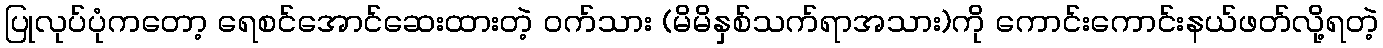
ပြုလုပ်ပုံကတော့ ရေစင်အောင်ဆေးထားတဲ့ ဝက်သား (မိမိနှစ်သက်ရာအသား)ကို ကောင်းကောင်းနယ်ဖတ်လို့ရတဲ့